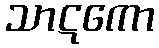
သာဋကော